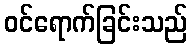
ဝင်ရောက်ခြင်းသည်